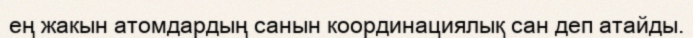
ең жакын атомдардың санын координациялық сан деп атайды.